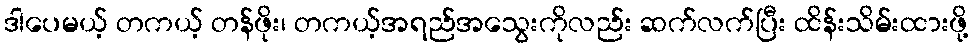
ဒါပေမယ့် တကယ့် တန်ဖိုး၊ တကယ့်အရည်အသွေးကိုလည်း ဆက်လက်ပြီး ထိန်းသိမ်းထားဖို့